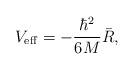
LaTeX: \begin{align*}V_{\rm eff}=-\frac{\hbar ^2}{6M}\bar R,\end{align*}